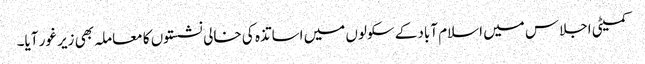
کمیٹی اجلاس میں اسلام آباد کے سکولوں میں اساتذہ کی خالی نشستوں کا معاملہ بھی زیر غور آیا۔